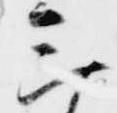
三